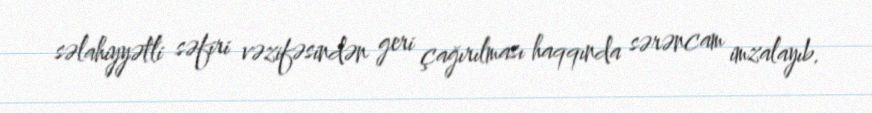
səlahiyyətli səfiri vəzifəsindən geri çağırılması haqqında sərəncam imzalayıb.